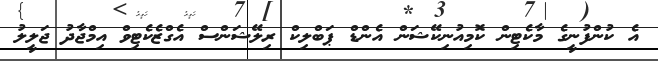
އެ ކުންފުނީގެ މާކެޓިން ކޮމިއުނިކޭޝަން އެންޑް ޕަބްލިކް ރިލޭޝަންސް އެގްޒެކެޓިވް އިމްޖާދު ޖަލީލު